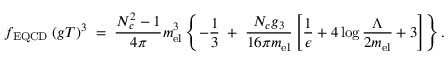
f _ { \mathrm { E Q C D } } \; ( g T ) ^ { 3 } \; = \; { \frac { N _ { c } ^ { 2 } - 1 } { 4 \pi } } m _ { \mathrm { e l } } ^ { 3 } \left\{ - { \frac { 1 } { 3 } } \; + \; { \frac { N _ { c } g _ { 3 } } { 1 6 \pi m _ { \mathrm { e l } } } } \left[ { \frac { 1 } { \epsilon } } + 4 \log { \frac { \Lambda } { 2 m _ { \mathrm { e l } } } } + 3 \right] \right\} .